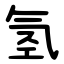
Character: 氢